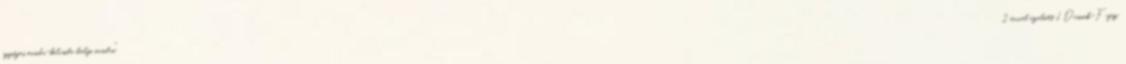
egységes óvoda-bölcsıde helyi óvodai" 2 évvel ezelőtt 1 Dusnok-Fajsz